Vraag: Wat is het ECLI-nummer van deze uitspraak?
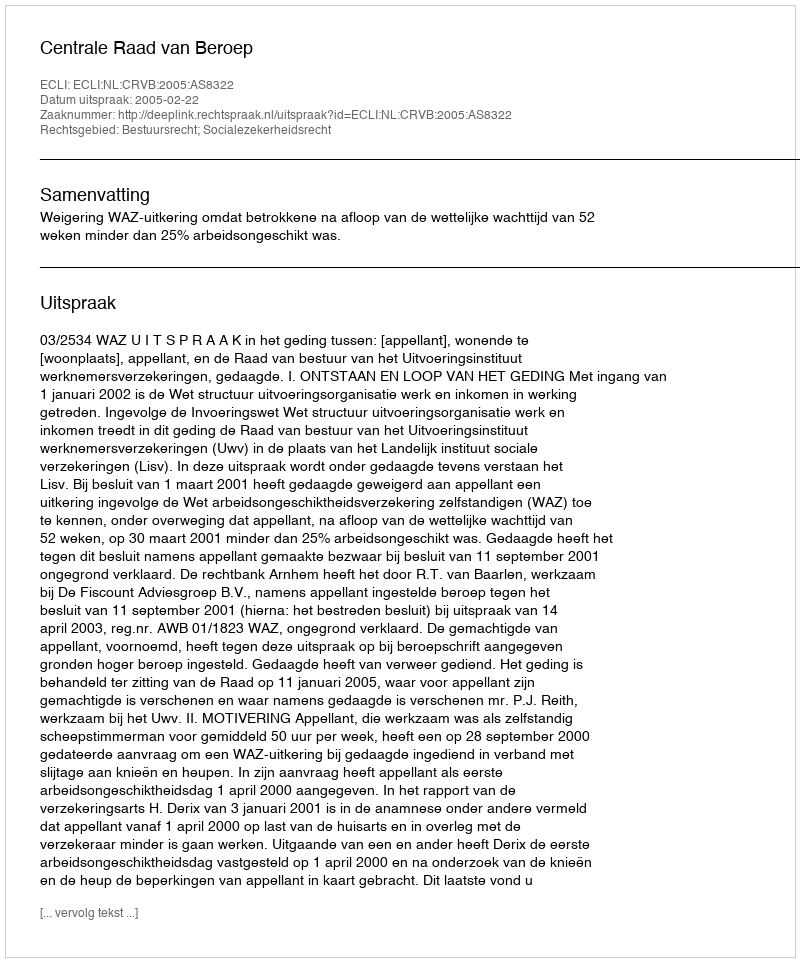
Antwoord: ECLI:NL:CRVB:2005:AS8322